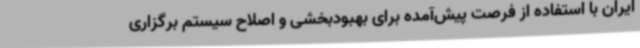
ایران با استفاده از فرصت پیش‌آمده برای بهبودبخشی و اصلاح سیستم برگزاری